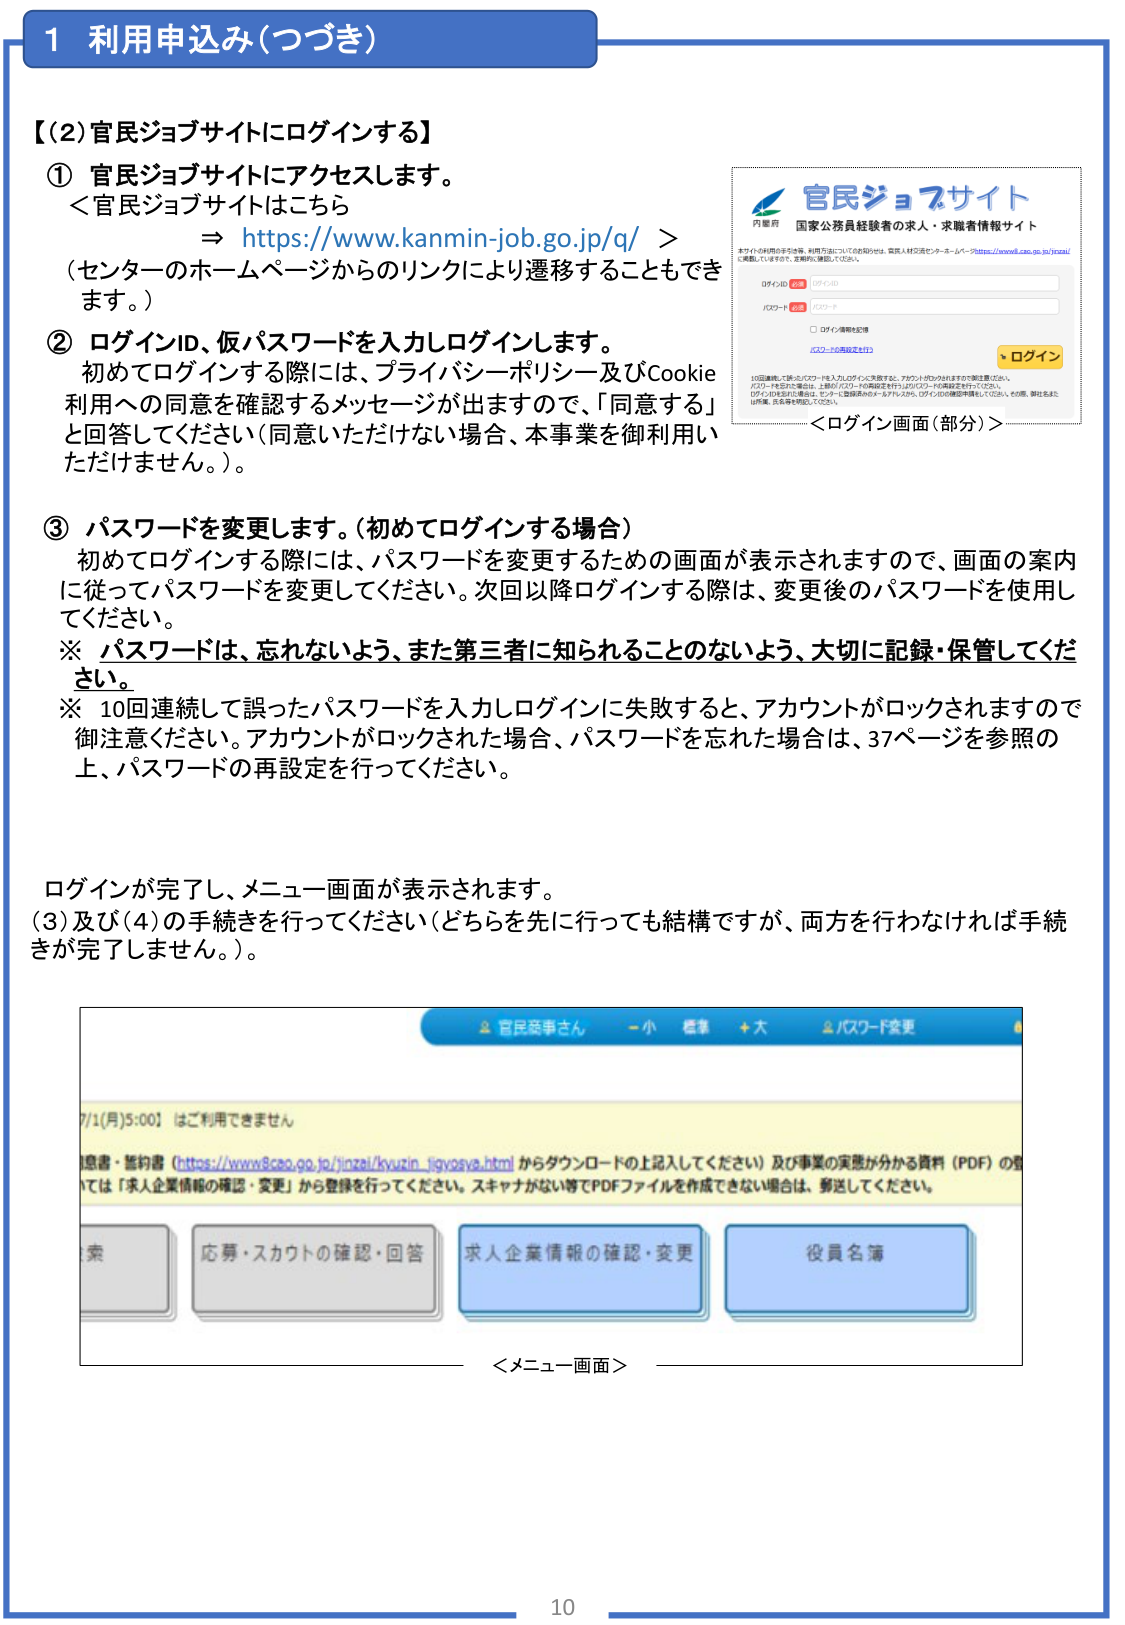
1 利用申込み（つづき）

【(2) 官民ジョブサイトにログインする】

① 官民ジョブサイトにアクセスします。
＜官民ジョブサイトはこちら
⇒ https://www.kanmin-job.go.jp/q/ ＞
（センターのホームページからのリンクにより遷移することもできます。）

② ログインID、仮パスワードを入力しログインします。
初めてログインする際には、プライバシーポリシー及びCookie利用への同意を確認するメッセージが出ますので、「同意する」と回答してください（同意いただけない場合、本事業を御利用いただけません。）。

③ パスワードを変更します。（初めてログインする場合）
初めてログインする際には、パスワードを変更するための画面が表示されますので、画面の案内に従ってパスワードを変更してください。次回以降ログインする際は、変更後のパスワードを使用してください。
※ パスワードは、忘れないよう、また第三者に知られることのないよう、大切に記録・保管してください。
※ 10回連続して誤ったパスワードを入力しログインに失敗すると、アカウントがロックされますので御注意ください。アカウントがロックされた場合、パスワードを忘れた場合は、37ページを参照の上、パスワードの再設定を行ってください。

ログインが完了し、メニュー画面が表示されます。
(3)及び(4)の手続きを行ってください（どちらを先に行っても結構ですが、両方をわすれなければ手続きが完了しません。）。

官民ジョブサイト
国家公務員経験者の求人・求職者情報サイト
内閣府
本サイトの利用の手引き等、利用方法についての詳細は、官民人材交流センター ホームページ https://www8.cao.go.jp/jyumin/ に掲載していますので、定期的に確認してください。
ログインID
ログインID
パスワード
パスワード
□ ログイン情報の記憶
パスワードを再設定する
ログイン
10回連続して誤ったパスワードを入力しログインに失敗すると、アカウントがロックされますので御注意ください。
パスワードを忘れた場合は、上記のパスワードの再設定を行うか、ログインIDの確認を行ってください。
ログインの方法に不備は、セキュリティ関係のためアカウントがロックされ、ログインIDの確認ができない場合、事由を含め、お名前、氏名等を明記してください。
＜ログイン画面（部分）＞

官民競争さん - 小 標準 + 大 パスワード変更
7/1(月)5:00 はご利用できません
情報・誓約書（https://www8.cao.go.jp/jinzai/kyuzin_jigyosya.html からダウンロードの上記入してください）及び事業の実態が分かる資料（PDF）の登録は「求人企業情報の確認・変更」から登録を行ってください。スキャナがない等でPDFファイルを作成できない場合は、郵送してください。
検索
応募・スカウトの確認・回答
求人企業情報の確認・変更
役員名簿
＜メニュー画面＞

10